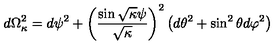
d \Omega _ { \kappa } ^ { 2 } = d \psi ^ { 2 } + \left( \frac { \sin \sqrt { \kappa } \psi } { \sqrt { \kappa } } \right) ^ { 2 } \left( d \theta ^ { 2 } + \sin ^ { 2 } \theta d \varphi ^ { 2 } \right)